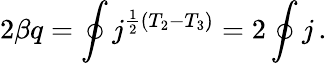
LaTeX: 2\beta q=\oint j^{\frac{1}{2}(T_{2}-T_{3})}=2\oint j\, .